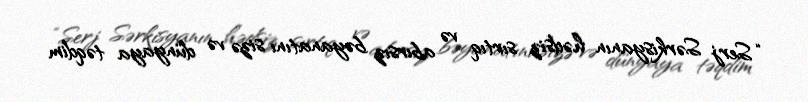
“Serj Sərkisyanın hədsiz sırtıq və abırsız bəyanatını sizə və dünyaya təqdim